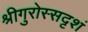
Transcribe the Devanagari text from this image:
श्रीगुरोस्सदृशं